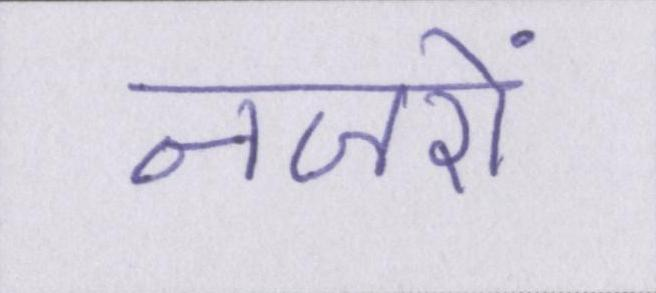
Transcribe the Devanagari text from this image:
नजरों